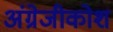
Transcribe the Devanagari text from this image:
अंग्रेजीकोश